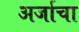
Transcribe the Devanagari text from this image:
अर्जाचा